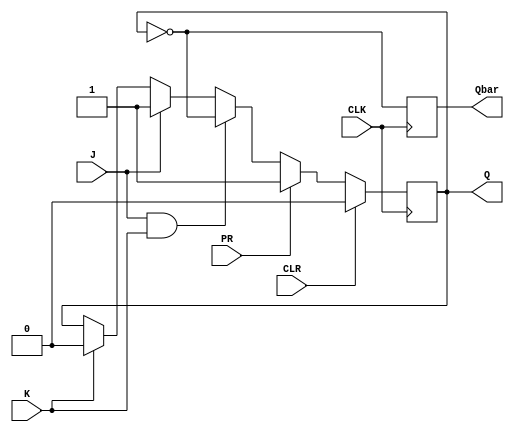
module JK_FlipFlop (
    input J, // J input
    input K, // K input
    input CLK, // Clock input
    input CLR, // Clear input
    input PR, // Preset input
    output reg Q, // Q output
    output reg Qbar // Q-bar output
);

always @(posedge CLK) begin
    if (CLR) begin
        Q <= 0;
        Qbar <= 1;
    end else if (PR) begin
        Q <= 1;
        Qbar <= 0;
    end else begin
        if (J & K) begin
            Q <= ~Q;
        end else if (J) begin
            Q <= 1;
        end else if (K) begin
            Q <= 0;
        end
    end
    Qbar <= ~Q;
end

endmodule